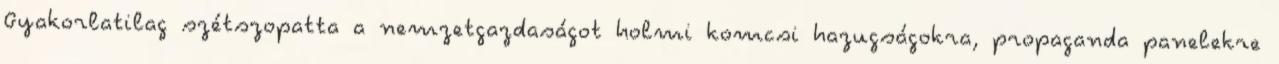
Gyakorlatilag szétszopatta a nemzetgazdaságot holmi komcsi hazugságokra, propaganda panelekre